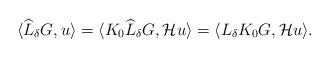
LaTeX: \begin{align*} \langle \widehat{L}_{\delta}G, u \rangle = \langle K_0\widehat{L}_{\delta}G, \mathcal{H}u \rangle = \langle L_{\delta}K_0G, \mathcal{H}u\rangle. \end{align*}